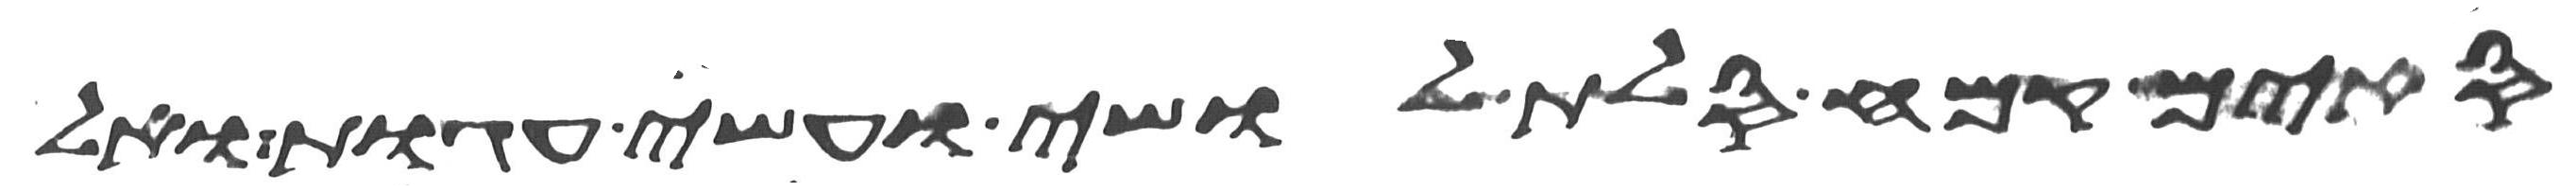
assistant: סים קמח סלת לושי ועשה עגות ואל